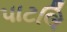
પાટલિ